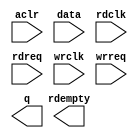
// This program was cloned from: https://github.com/FAST-Switch/fast
// License: Apache License 2.0

// megafunction wizard: %FIFO%VBB%
// GENERATION: STANDARD
// VERSION: WM1.0
// MODULE: dcfifo 

// ============================================================
// Megafunction Name(s):
// 			dcfifo
//
// Simulation Library Files(s):
// 			
// ============================================================
// ************************************************************
// THIS IS A WIZARD-GENERATED FILE. DO NOT EDIT THIS FILE!
//
// 11.0 Build 157 04/27/2011 SJ Full Version
// ************************************************************

//Copyright (C) 1991-2011 Altera Corporation
//Your use of Altera Corporation's design tools, logic functions 
//and other software and tools, and its AMPP partner logic 
//functions, and any output files from any of the foregoing 
//(including device programming or simulation files), and any 
//associated documentation or information are expressly subject 
//to the terms and conditions of the Altera Program License 
//Subscription Agreement, Altera MegaCore Function License 
//Agreement, or other applicable license agreement, including, 
//without limitation, that your use is for the sole purpose of 
//programming logic devices manufactured by Altera and sold by 
//Altera or its authorized distributors.  Please refer to the 
//applicable agreement for further details.

module asyn_64_1 (
	aclr,
	data,
	rdclk,
	rdreq,
	wrclk,
	wrreq,
	q,
	rdempty);

	input	  aclr;
	input	[0:0]  data;
	input	  rdclk;
	input	  rdreq;
	input	  wrclk;
	input	  wrreq;
	output	[0:0]  q;
	output	  rdempty;
`ifndef ALTERA_RESERVED_QIS
// synopsys translate_off
`endif
	tri0	  aclr;
`ifndef ALTERA_RESERVED_QIS
// synopsys translate_on
`endif

endmodule

// ============================================================
// CNX file retrieval info
// ============================================================
// Retrieval info: PRIVATE: AlmostEmpty NUMERIC "0"
// Retrieval info: PRIVATE: AlmostEmptyThr NUMERIC "-1"
// Retrieval info: PRIVATE: AlmostFull NUMERIC "0"
// Retrieval info: PRIVATE: AlmostFullThr NUMERIC "-1"
// Retrieval info: PRIVATE: CLOCKS_ARE_SYNCHRONIZED NUMERIC "0"
// Retrieval info: PRIVATE: Clock NUMERIC "4"
// Retrieval info: PRIVATE: Depth NUMERIC "64"
// Retrieval info: PRIVATE: Empty NUMERIC "1"
// Retrieval info: PRIVATE: Full NUMERIC "1"
// Retrieval info: PRIVATE: INTENDED_DEVICE_FAMILY STRING "Arria II GX"
// Retrieval info: PRIVATE: LE_BasedFIFO NUMERIC "0"
// Retrieval info: PRIVATE: LegacyRREQ NUMERIC "0"
// Retrieval info: PRIVATE: MAX_DEPTH_BY_9 NUMERIC "0"
// Retrieval info: PRIVATE: OVERFLOW_CHECKING NUMERIC "0"
// Retrieval info: PRIVATE: Optimize NUMERIC "0"
// Retrieval info: PRIVATE: RAM_BLOCK_TYPE NUMERIC "0"
// Retrieval info: PRIVATE: SYNTH_WRAPPER_GEN_POSTFIX STRING "0"
// Retrieval info: PRIVATE: UNDERFLOW_CHECKING NUMERIC "0"
// Retrieval info: PRIVATE: UsedW NUMERIC "1"
// Retrieval info: PRIVATE: Width NUMERIC "1"
// Retrieval info: PRIVATE: dc_aclr NUMERIC "1"
// Retrieval info: PRIVATE: diff_widths NUMERIC "0"
// Retrieval info: PRIVATE: msb_usedw NUMERIC "0"
// Retrieval info: PRIVATE: output_width NUMERIC "1"
// Retrieval info: PRIVATE: rsEmpty NUMERIC "1"
// Retrieval info: PRIVATE: rsFull NUMERIC "0"
// Retrieval info: PRIVATE: rsUsedW NUMERIC "0"
// Retrieval info: PRIVATE: sc_aclr NUMERIC "0"
// Retrieval info: PRIVATE: sc_sclr NUMERIC "0"
// Retrieval info: PRIVATE: wsEmpty NUMERIC "0"
// Retrieval info: PRIVATE: wsFull NUMERIC "0"
// Retrieval info: PRIVATE: wsUsedW NUMERIC "0"
// Retrieval info: LIBRARY: altera_mf altera_mf.altera_mf_components.all
// Retrieval info: CONSTANT: INTENDED_DEVICE_FAMILY STRING "Arria II GX"
// Retrieval info: CONSTANT: LPM_NUMWORDS NUMERIC "64"
// Retrieval info: CONSTANT: LPM_SHOWAHEAD STRING "ON"
// Retrieval info: CONSTANT: LPM_TYPE STRING "dcfifo"
// Retrieval info: CONSTANT: LPM_WIDTH NUMERIC "1"
// Retrieval info: CONSTANT: LPM_WIDTHU NUMERIC "6"
// Retrieval info: CONSTANT: OVERFLOW_CHECKING STRING "ON"
// Retrieval info: CONSTANT: RDSYNC_DELAYPIPE NUMERIC "4"
// Retrieval info: CONSTANT: UNDERFLOW_CHECKING STRING "ON"
// Retrieval info: CONSTANT: USE_EAB STRING "ON"
// Retrieval info: CONSTANT: WRITE_ACLR_SYNCH STRING "OFF"
// Retrieval info: CONSTANT: WRSYNC_DELAYPIPE NUMERIC "4"
// Retrieval info: USED_PORT: aclr 0 0 0 0 INPUT GND "aclr"
// Retrieval info: USED_PORT: data 0 0 1 0 INPUT NODEFVAL "data[0..0]"
// Retrieval info: USED_PORT: q 0 0 1 0 OUTPUT NODEFVAL "q[0..0]"
// Retrieval info: USED_PORT: rdclk 0 0 0 0 INPUT NODEFVAL "rdclk"
// Retrieval info: USED_PORT: rdempty 0 0 0 0 OUTPUT NODEFVAL "rdempty"
// Retrieval info: USED_PORT: rdreq 0 0 0 0 INPUT NODEFVAL "rdreq"
// Retrieval info: USED_PORT: wrclk 0 0 0 0 INPUT NODEFVAL "wrclk"
// Retrieval info: USED_PORT: wrreq 0 0 0 0 INPUT NODEFVAL "wrreq"
// Retrieval info: CONNECT: @aclr 0 0 0 0 aclr 0 0 0 0
// Retrieval info: CONNECT: @data 0 0 1 0 data 0 0 1 0
// Retrieval info: CONNECT: @rdclk 0 0 0 0 rdclk 0 0 0 0
// Retrieval info: CONNECT: @rdreq 0 0 0 0 rdreq 0 0 0 0
// Retrieval info: CONNECT: @wrclk 0 0 0 0 wrclk 0 0 0 0
// Retrieval info: CONNECT: @wrreq 0 0 0 0 wrreq 0 0 0 0
// Retrieval info: CONNECT: q 0 0 1 0 @q 0 0 1 0
// Retrieval info: CONNECT: rdempty 0 0 0 0 @rdempty 0 0 0 0
// Retrieval info: GEN_FILE: TYPE_NORMAL asyn_64_1.v TRUE
// Retrieval info: GEN_FILE: TYPE_NORMAL asyn_64_1.inc FALSE
// Retrieval info: GEN_FILE: TYPE_NORMAL asyn_64_1.cmp FALSE
// Retrieval info: GEN_FILE: TYPE_NORMAL asyn_64_1.bsf FALSE
// Retrieval info: GEN_FILE: TYPE_NORMAL asyn_64_1_inst.v FALSE
// Retrieval info: GEN_FILE: TYPE_NORMAL asyn_64_1_bb.v TRUE
// Retrieval info: GEN_FILE: TYPE_NORMAL asyn_64_1_waveforms.html TRUE
// Retrieval info: GEN_FILE: TYPE_NORMAL asyn_64_1_wave*.jpg FALSE